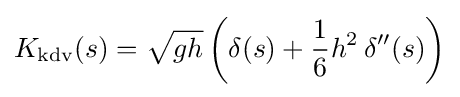
K_{\text{kdv}}(s)={\sqrt {gh}}\left(\delta (s)+{\frac {1}{6}}h^{2}\,\delta ^{\prime \prime }(s)\right)